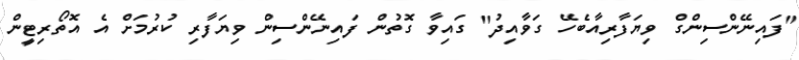
"ފައިނޭންސިންގް ވިޔަފާރިއާބެހޭ ގަވާއިދު" ގައިވާ ގޮތުން ފައިނޭންސިން ވިޔަފާރި ކުރުމަށް އެ އޮތޯރިޓީން